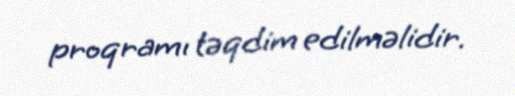
proqramı təqdim edilməlidir.